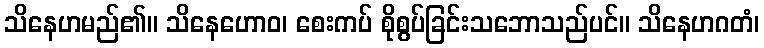
သိနေဟမည်၏။ သိနေဟောဝ၊ စေးကပ် စိုစွပ်ခြင်းသဘောသည်ပင်။ သိနေဟဂတံ၊